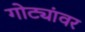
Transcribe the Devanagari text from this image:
गोट्यांवर